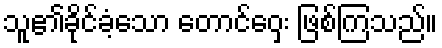
သူ၏ခိုင်ခံ့သော တောင်ဝှေး ဖြစ်ကြသည်။